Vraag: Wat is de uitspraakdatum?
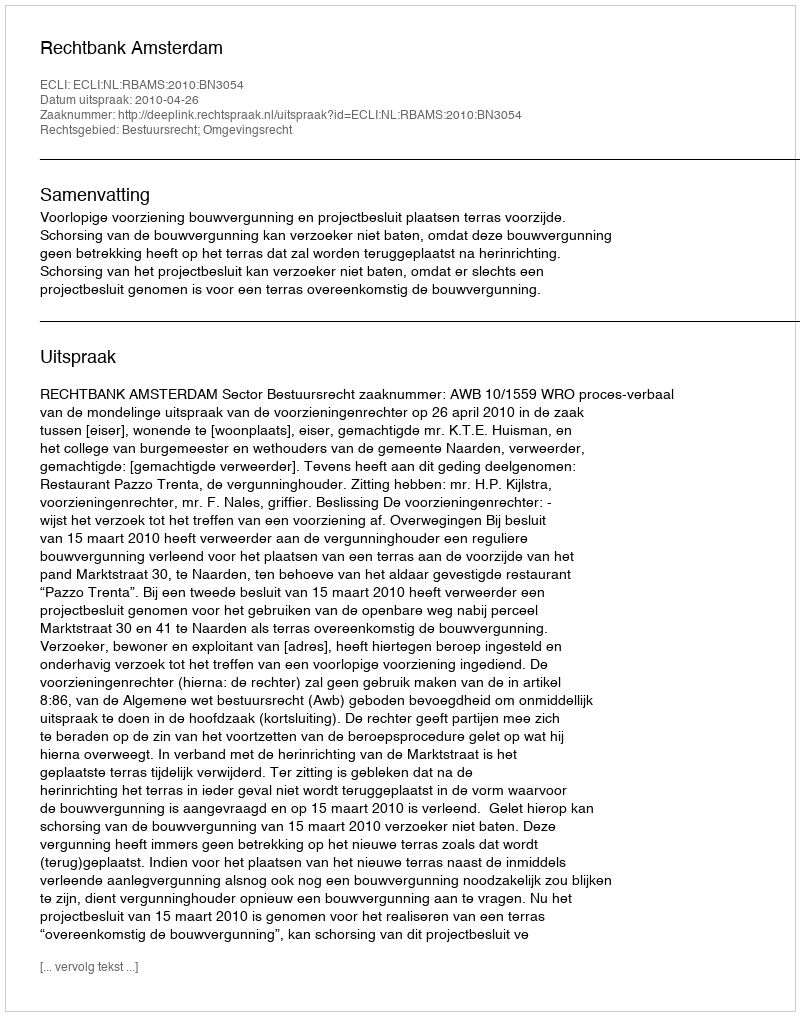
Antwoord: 2010-04-26